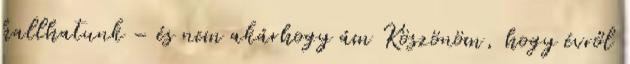
hallhatunk – és nem akárhogy ám Köszönöm, hogy évről